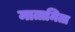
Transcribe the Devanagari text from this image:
मातामिता